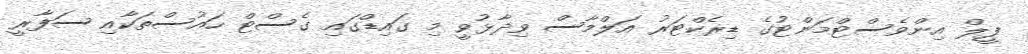
ފީލް އިންވެސްޓްމަންޓުގެ ޑިރެކްޓަރު އަލްމާސް ވިދާޅުވީ މި ގައިޑްގައި ގެސްޓް ހައުސްތަކާއި ސަފާރީ